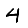
Digit: 4